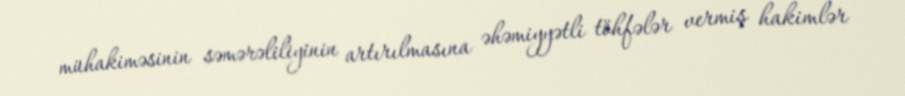
mühakiməsinin səmərəliliyinin artırılmasına əhəmiyyətli töhfələr vermiş hakimlər